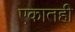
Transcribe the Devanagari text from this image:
एकातही